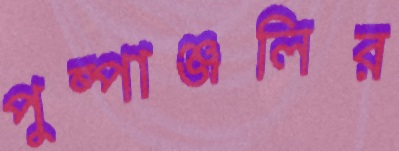
পুষ্পাঞ্জলির